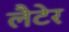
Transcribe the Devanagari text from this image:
लैटेर